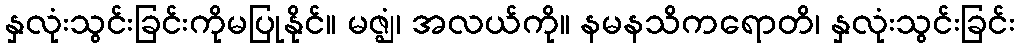
နှလုံးသွင်းခြင်းကိုမပြုနိုင်။ မဇ္ဈံ၊ အလယ်ကို။ နမနသိကရောတိ၊ နှလုံးသွင်းခြင်း